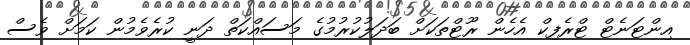
އިންޓަނެޓް ޓްރެފިކް އެހެން ރޫޓްތަކަށް ބަދަލުކުރުމުގެ މަސައްކަތް ދަނީ ކުރެވެމުން ކަމަށް ވެސް